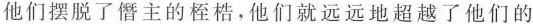
他们摆脱了僭主的桎梏，他们就远远地超越了他们的